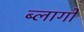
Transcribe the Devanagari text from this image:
ब्लागों